Lunatic asylums Central Provinces reports 1874-1885 - 1874-1885
Year: 1874
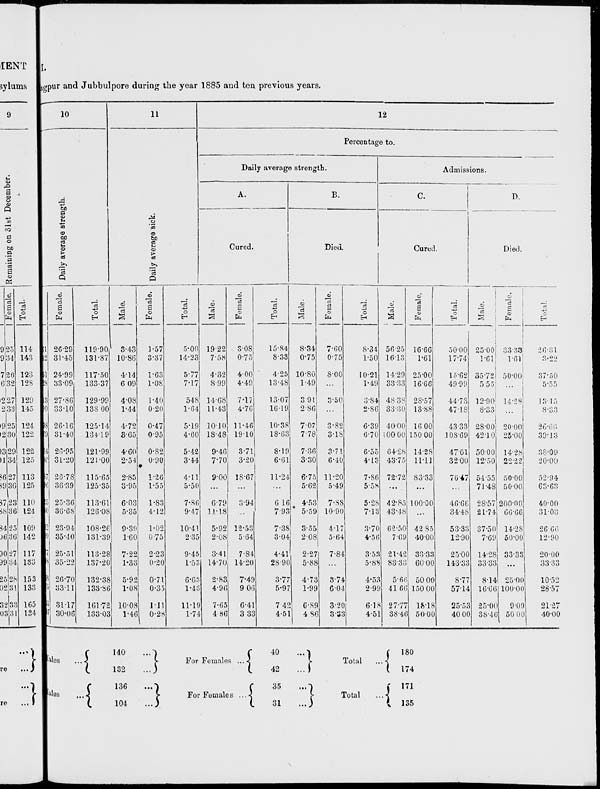
I.
Nagpur and Jubbulpore during the year 1885 and ten previous years.
10
Daily average strength.
Male.
61
42
51
28
13
90
98
79
04
96
87
96
25
40
32
99
77
98
68
75
55
97
Female.
26.29
31.45
24.99
33.09
27.86
33.10
26.16
31.40
26.95
31.20
26.78
36.39
25.36
36.68
23.94
35.40
25.51
35.22
26.70
33.11
31.17
30.06
Total.
119.90
131.87
117.50
133.37
129.99
138.00
125.14
134.19
121.99
121.00
115.65
125.35
113.61
126.08
108.26
131.39
113.28
137.20
132.38
133.86
161.72
133.03
11
Daily average sick.
Male.
3.43
10.86
4.14
6.09
4.08
1.44
4.72
3.65
4.60
2.54
2.85
3.95
6.03
5.35
9.39
1.60
7.22
1.33
5.92
1.08
10.08
1.46
Female.
1.57
3.37
1.63
1.08
1.40
0.20
0.47
0.95
0.82
0.90
1.26
1.55
1.83
4.12
1.02
0.75
2.23
0.20
0.71
0.35
1.11
0.28
Total.
5.00
14.23
5.77
7.17
5.48
1.64
5.19
4.60
5.42
3.44
4.11
5.50
7.86
9.47
10.41
2.35
9.45
1.53
6.63
l.43
11.19
1.74
12
Percentage to.
Daily average strength.
A.
Cured.
Male.
19.22
7.58
4.32
8.99
14.68
11.43
10.10
18.48
9.46
7.70
9.00
...
6.79
11.18
5.92
2.08
3.41
14.70
2.83
4.96
7.65
4.86
Female.
3.08
0.75
4.00
4.49
7.17
4.76
11.46
19.10
3.71
3.20
18.67
...
3.94
...
12.53
5.64
7.84
14.20
7.49
9.06
6.41
3.33
Total.
15.84
8.33
4.25
13.48
13.07
16.19
10.38
18.63
8.19
6.61
11.24
...
6.16
7.93
7.38
3.04
4.41
28.90
3.77
5.97
7.45
4.51
B.
Died.
Male.
8.34
0.75
10.80
1.49
3.91
2.86
7.07
7.78
7.36
3.30
6.75
5.62
4.53
5.59
3.55
2.08
2.27
5.88
4.73
1.99
6.89
4.86
Female.
7.60
0.75
8.00
...
3.50
...
3.82
3.18
3.71
6.40
11.20
5.49
7.88
10.90
4.17
5.64
7.84
...
3.74
6.04
3.20
3.33
Total.
8.34
1.50
10.21
1.49
3.84
2.86
6.39
6.70
6.55
4.13
7.86
5.58
5.28
7.13
3.70
4.56
3.53
5.88
4.53
2.99
6.18
4.51
Admissions.
C.
Cured.
Male.
56.25
16.13
14.29
33.33
48.38
33.30
40.00
100.00
64.28
43.75
72.72
...
42.85
43.48
62.50
7.69
21.42
83.33
5.66
41.66
27.77
38.46
Female.
16.66
1.61
25.00
16.66
28.57
13.88
16.00
150.00
14.28
11.11
83.33
...
100.00
...
42.85
40.00
33.33
60.00
50.00
150.00
18.18
50.00
Total.
50.00
17.74
15.62
49.99
44.73
47.18
43.33
108.69
47.61
32.00
76.47
...
46.66
34.48
53.33
12.90
25.00
143.33
8.77
57.14
25.53
40.00
D.
Died.
Male.
25.00
1.61
35.72
5.55
12.90
8.33
28.00
42.10
50.00
12.50
54.55
71.48
28.57
21.74
37.50
7.69
14.28
33.33
8.14
16.66
25.00
38.46
Female.
33.33
1.61
50.00
...
14.28
...
20.00
25.00
14.28
22.22
50.00
50.00
200.00
66.66
14.28
50.00
33.33
...
25.00
100.00
9.09
50.00
Total.
26.31
3.22
37.50
5.55
13.15
8.33
26.66
39.13
38.09
20.00
52.94
63.63
40.00
31.03
26.66
12.90
20.00
33.33
10.52
28.57
21.27
40.00
Males ...
Males ...
140
...
132
...
136
...
104
...
For Females ...
For Females ...
40
...
42
...
35
...
31
...
Total
Total
180
174
171
135